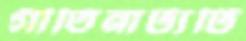
গীতিনাট্যটি